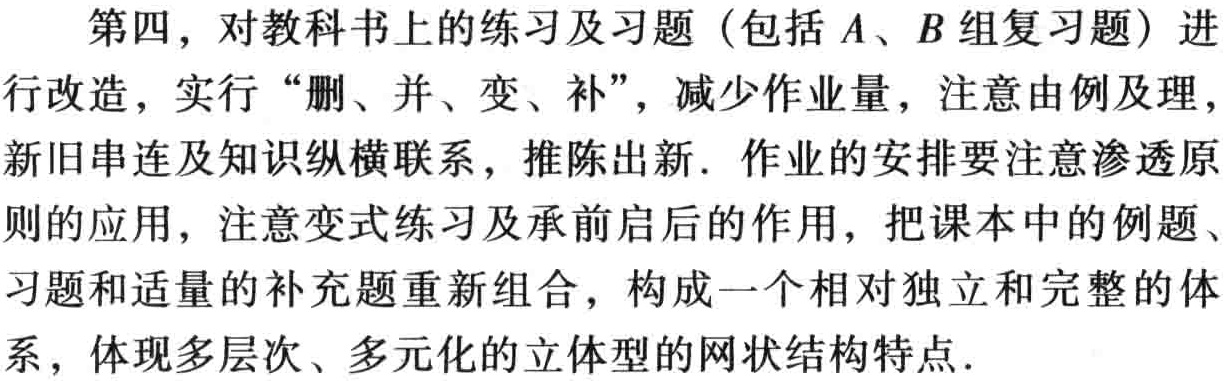
第四，对教科书上的练习及习题（包括\(A\)、\(B\)组复习题）进行改造，实行“删、并、变、补”，减少作业量，注意由例及理，新旧串连及知识纵横联系，推陈出新. 作业的安排要注意渗透原则的应用，注意变式练习及承前启后的作用，把课本中的例题、习题和适量的补充题重新组合，构成一个相对独立和完整的体系，体现多层次、多元化的立体型的网状结构特点.